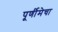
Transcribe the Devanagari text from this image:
पूर्णीमेचा